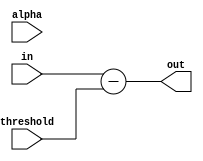

module BatchNormalization
#(parameter
Twidth = 24,
fixed_point = 8
)
(
	input signed [Twidth-1:0] in,
	input signed [Twidth-1:0] alpha,
	input signed [Twidth-1:0] threshold,
	output signed [Twidth-1:0] out
);
 
	assign out = in - threshold;

endmodule